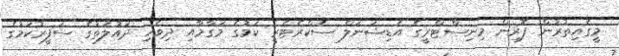
މީގެއިތުރުން ފޮރިން މިނިސްޓްރީގެ އެޑިޝަނަލް ސެކްރެޓެރީ ކަމުގެ މަގާމާއި ދިވެހި ދައުލަތުގެ ސަފީރުކަމުގެ